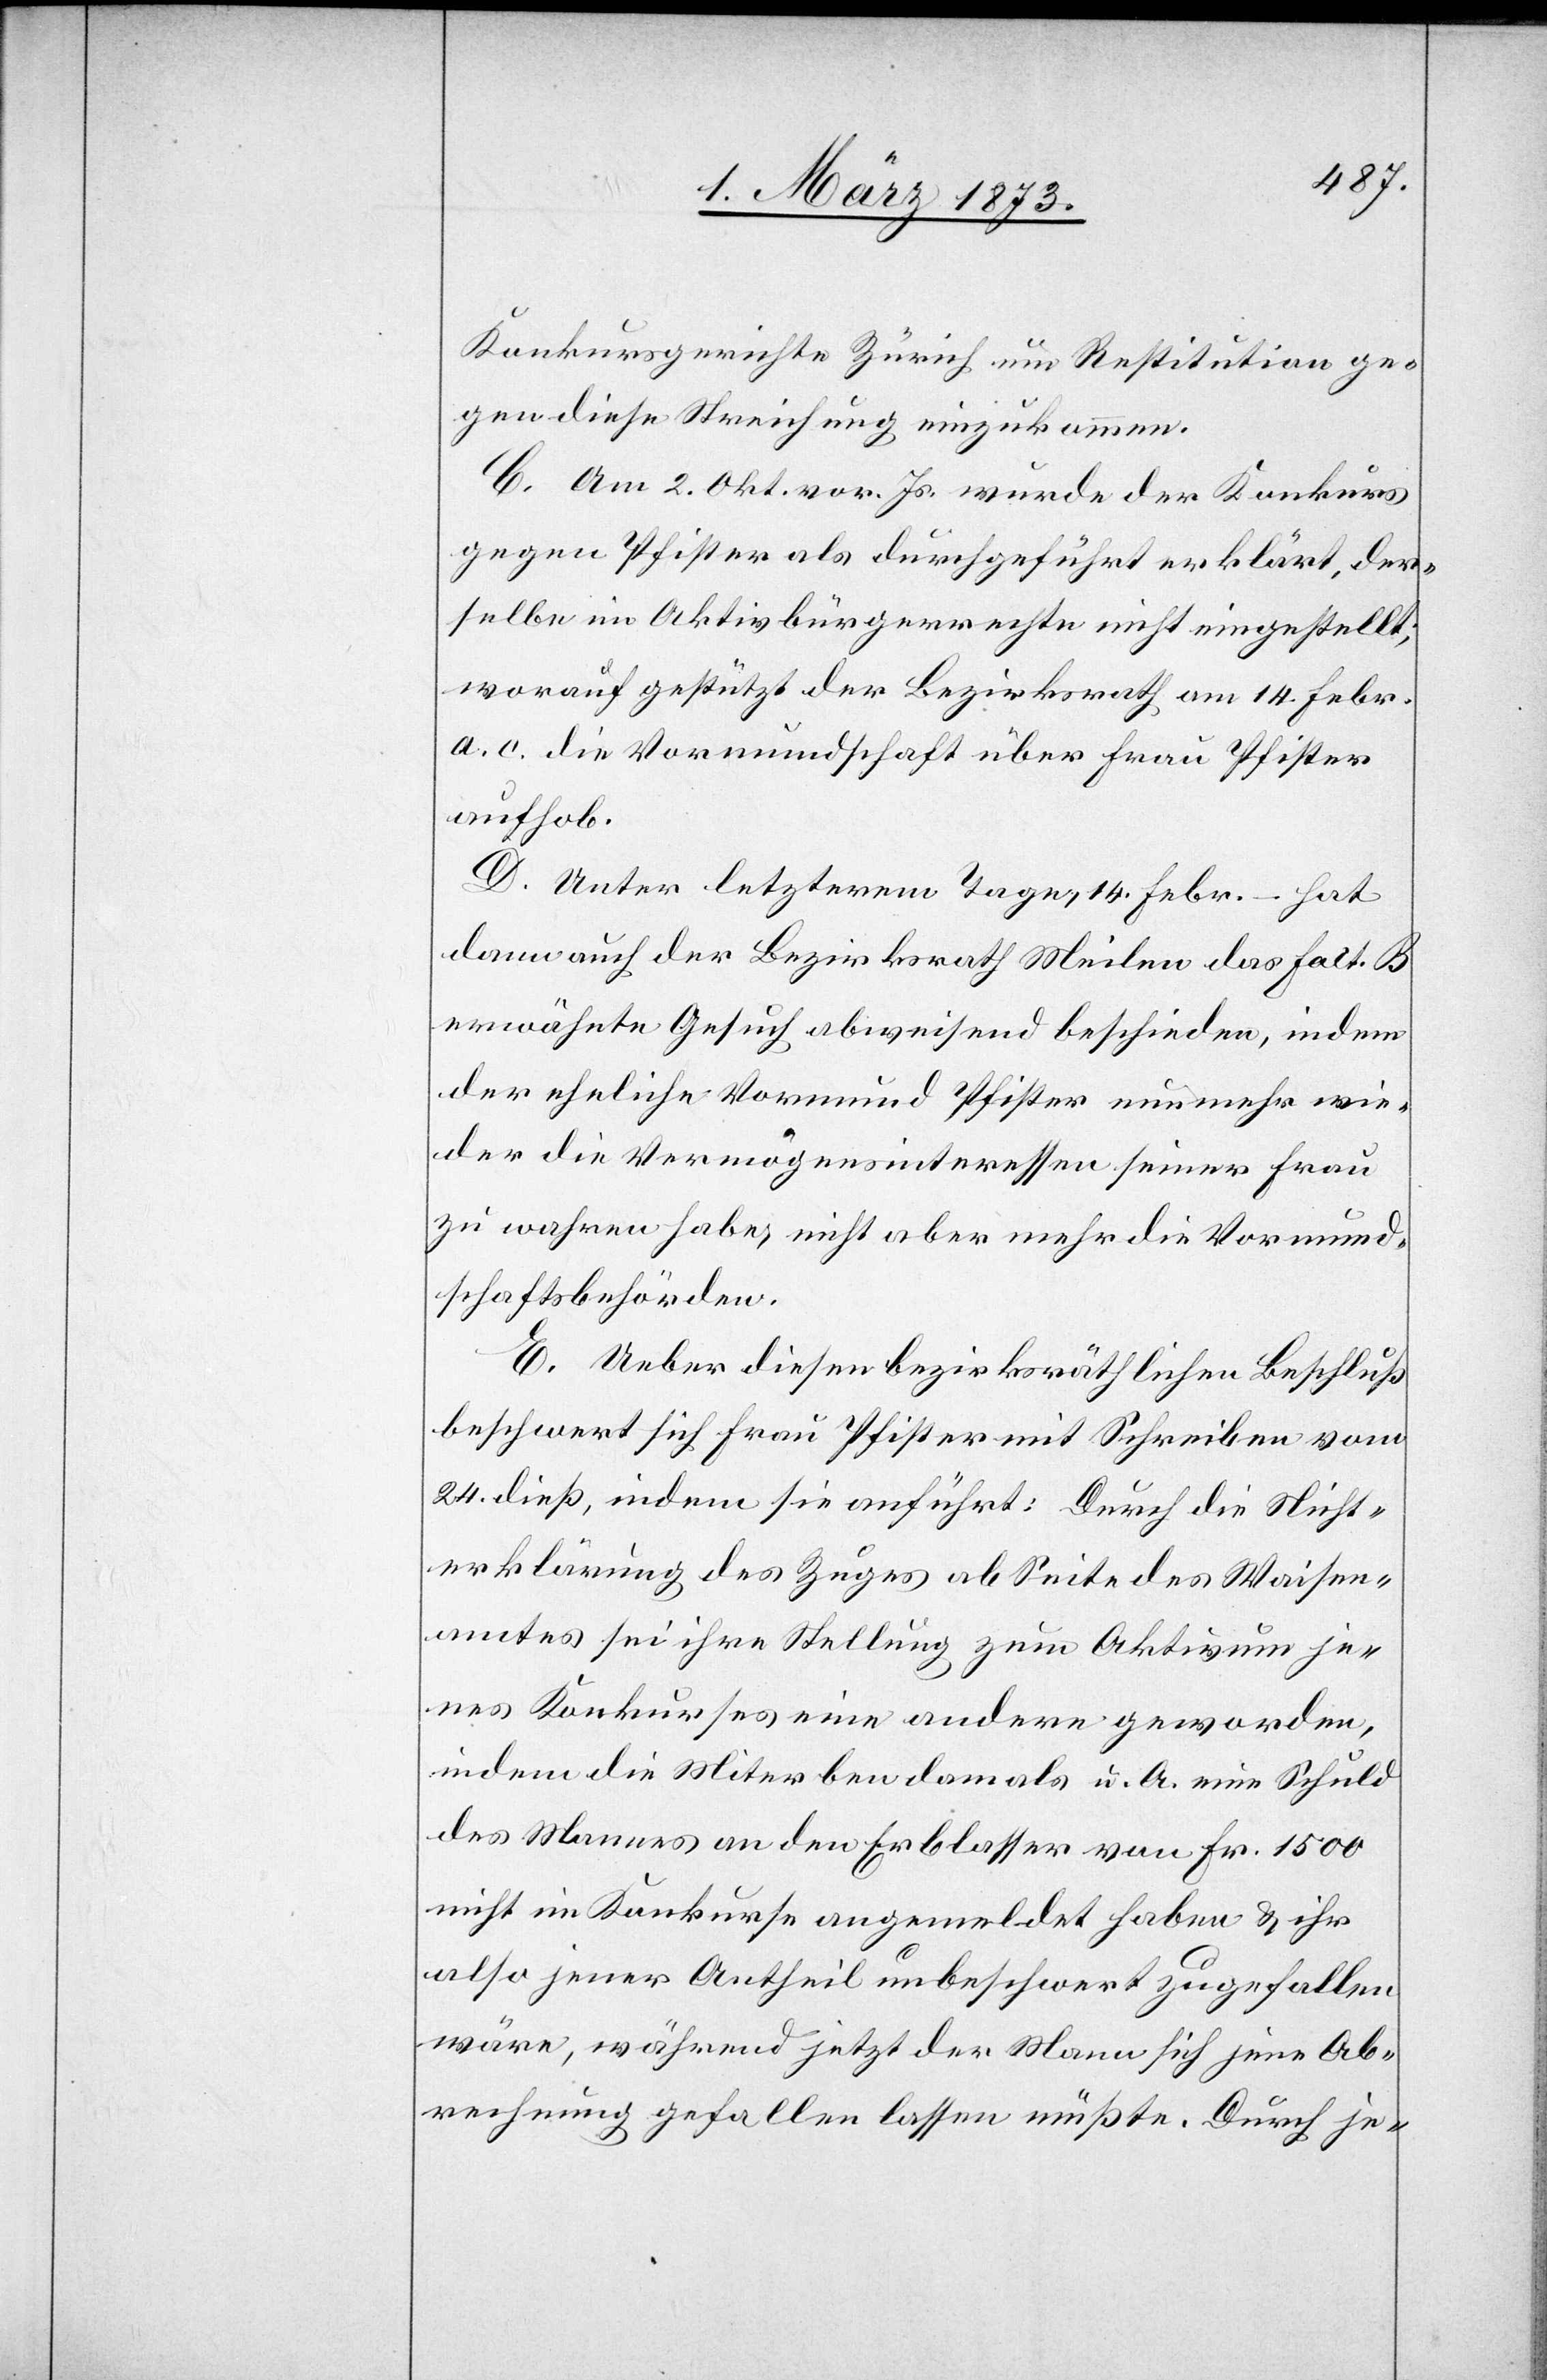
Konkursgerichte Zürich um Restitution ge¬
gen diese Streichung einzukommen.
C. Am 2. Okt. vor. Js. wurde der Konkurs
gegen Pfister als durchgeführt erklärt, der¬
selbe im Aktivbürgerrechte nicht eingestellt;
worauf gestützt der Bezirksrath am 14. Febr.
a. c. die Vormundschaft über Frau Pfister
aufhob.
D. Unter letzterem Tage, 14. Febr. – hat
dann auch der Bezirksrath Meilen das Fact. B
erwähnte Gesuch abweisend beschieden, indem
der eheliche Vormund Pfister nunmehr wie¬
der die Vermögensinteressen seiner Frau
zu wahren habe, nicht aber mehr die Vormund¬
schaftsbehörden.
E. Ueber diesen bezirksräthlichen Beschluß
beschwert sich Frau Pfister mit Schreiben vom
24. dieß, indem sie anführt: Durch die Nicht¬
erklärung des Zuges ob Seite des Waisen¬
amtes sei ihre Stellung zum Aktivum je¬
nes Konkurses eine andere geworden,
indem die Miterben damals u. A. eine Schuld
des Mannes an den Erblasser von Fr. 1500
nicht im Konkurse angemeldet haben u. ihr
also jener Antheil unbeschwert zugefallen
wäre, während jetzt der Mann sich jene Ab¬
rechnung gefallen lassen müßte. Durch je-